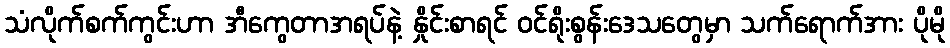
သံလိုက်စက်ကွင်းဟာ အီကွေတာအရပ်နဲ့ နှိုင်းစာရင် ဝင်ရိုးစွန်းဒေသတွေမှာ သက်ရောက်အား ပိုမို